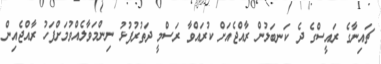
ޗައިނާގެ ރައީސްގެ ދެ ކަނބަލުން ރާއްޖެއަށް ކުރައްވާ ރަސްމީ ދަތުރުފުޅު ނިންމަވާލެއްވުމަށްފަހު ރާއްޖެއިން